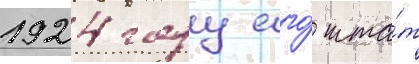
1924 году его́ шта́т